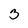
Character: 3